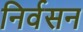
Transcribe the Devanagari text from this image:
निर्वसन